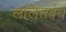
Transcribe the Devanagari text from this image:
ललितबंध